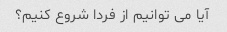
آیا می توانیم از فردا شروع کنیم؟